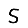
Digit: 5